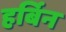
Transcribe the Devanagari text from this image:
हर्बिन